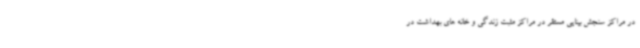
در مراکز سنجش بینایی مستقر در مراکز مثبت زندگی و خانه های بهداشت در